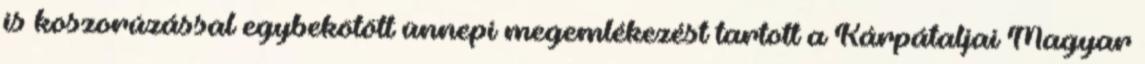
is koszorúzással egybekötött ünnepi megemlékezést tartott a Kárpátaljai Magyar